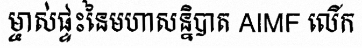
ម្ចាស់ផ្ទះនៃមហាសន្និបាត AIMF លើក